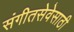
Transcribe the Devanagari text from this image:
संगीतसेवेसाठी